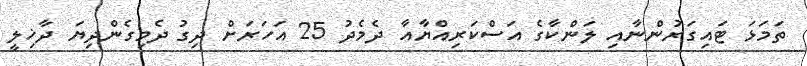
ތަމަޅަ ޓައިގަރުންނާއި ލަންކާގެ އަސްކަރިއްޔާއާ ދެމެދު 25 އަހަރަށް ދިގު ދެމިގެންދިޔަ ދާޚިލީ